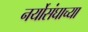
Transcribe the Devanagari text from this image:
नर्योसंघाच्या